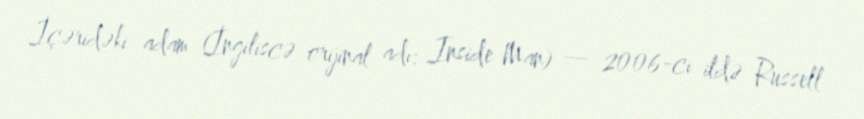
İçəridəki adam (İngiliscə orijinal adı: Inside Man) — 2006-cı ildə Russell